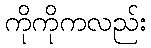
ကိုကိုကလည်း